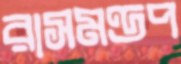
রাসমণ্ডপ